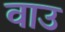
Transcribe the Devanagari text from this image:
वाउ